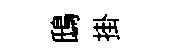
鴟掛